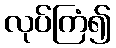
လုပ်ကြံ၍